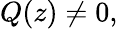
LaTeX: Q(z)\neq 0,